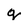
Character: q